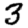
Digit: 3